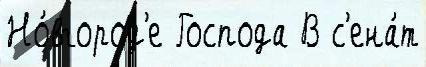
Но́вгород'е Господа В с'ена́т